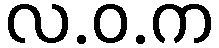
လ.ဝ.က